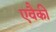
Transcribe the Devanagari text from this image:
एवैकी